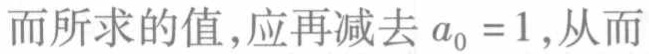
而所求的值,应再减去 \(a_{0}=1\),从而